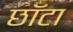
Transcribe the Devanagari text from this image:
छॉटा